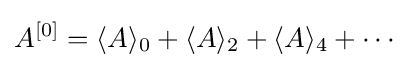
A^{[0]}=\langle A\rangle _{0}+\langle A\rangle _{2}+\langle A\rangle _{4}+\cdots